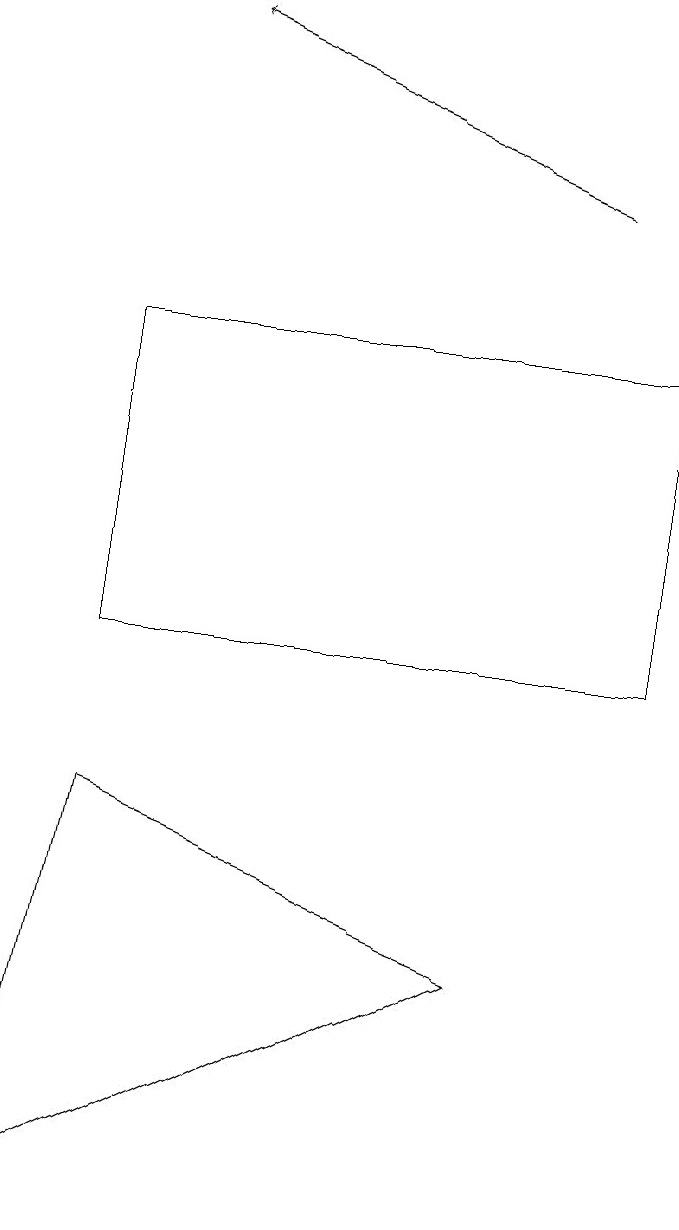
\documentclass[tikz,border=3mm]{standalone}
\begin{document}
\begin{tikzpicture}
\draw (0,3) -- (6,6) -- (1,8) -- cycle;
\draw (8,14) rectangle (1,10);
\draw[->] (7,16) -- (2,18);
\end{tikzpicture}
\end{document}